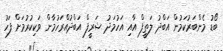
ބޯޑު މެންބަރުކަމުން އަބްދު ލަތީފް އާއި އަހުމަދު ޝަރީފް އަބްދުއްރަހުމާން ވަކިކުރުމަށް ފަހު